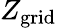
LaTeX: Z_{\mathrm{grid}}